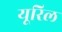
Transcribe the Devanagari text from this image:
यूरिल